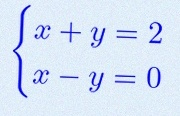
\begin{cases}x+y=2\\x-y=0\end{cases}